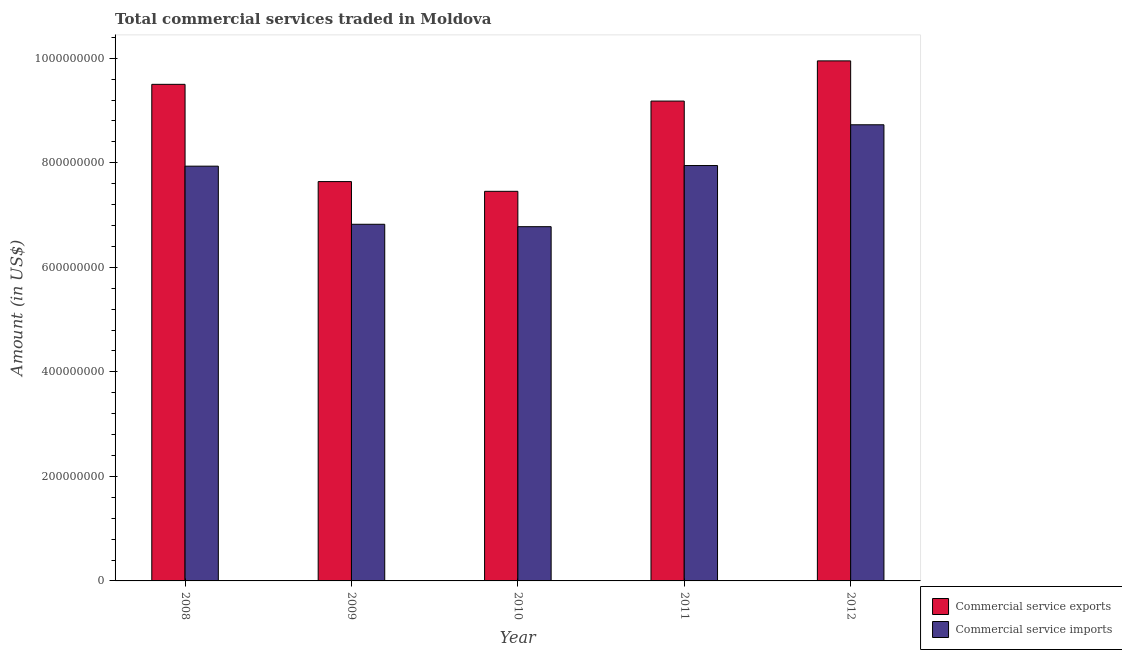
| Year | Commercial service exports | Commercial service imports |
 | --- | --- | --- |
 | 2008 | 9.5e+08 | 7.94e+08 |
 | 2009 | 7.64e+08 | 6.82e+08 |
 | 2010 | 7.45e+08 | 6.78e+08 |
 | 2011 | 9.18e+08 | 7.95e+08 |
 | 2012 | 9.95e+08 | 8.73e+08 |